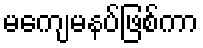
မကျေမနပ်ဖြစ်ကာ